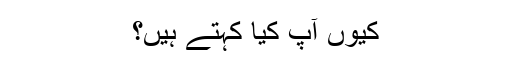
کیوں آپ کیا کہتے ہیں؟